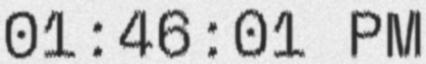
01:46:01 PM